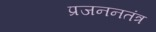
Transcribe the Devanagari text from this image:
प्रजननतंत्र